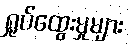
ရှုပ်ထွေးမှုများ